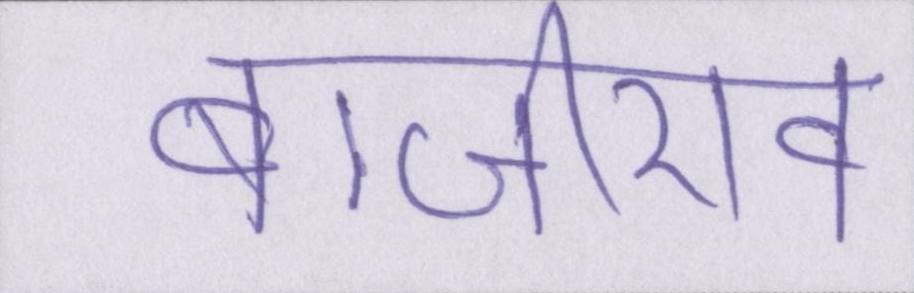
बाजीराव